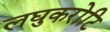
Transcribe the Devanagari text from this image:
लघुकरोटि